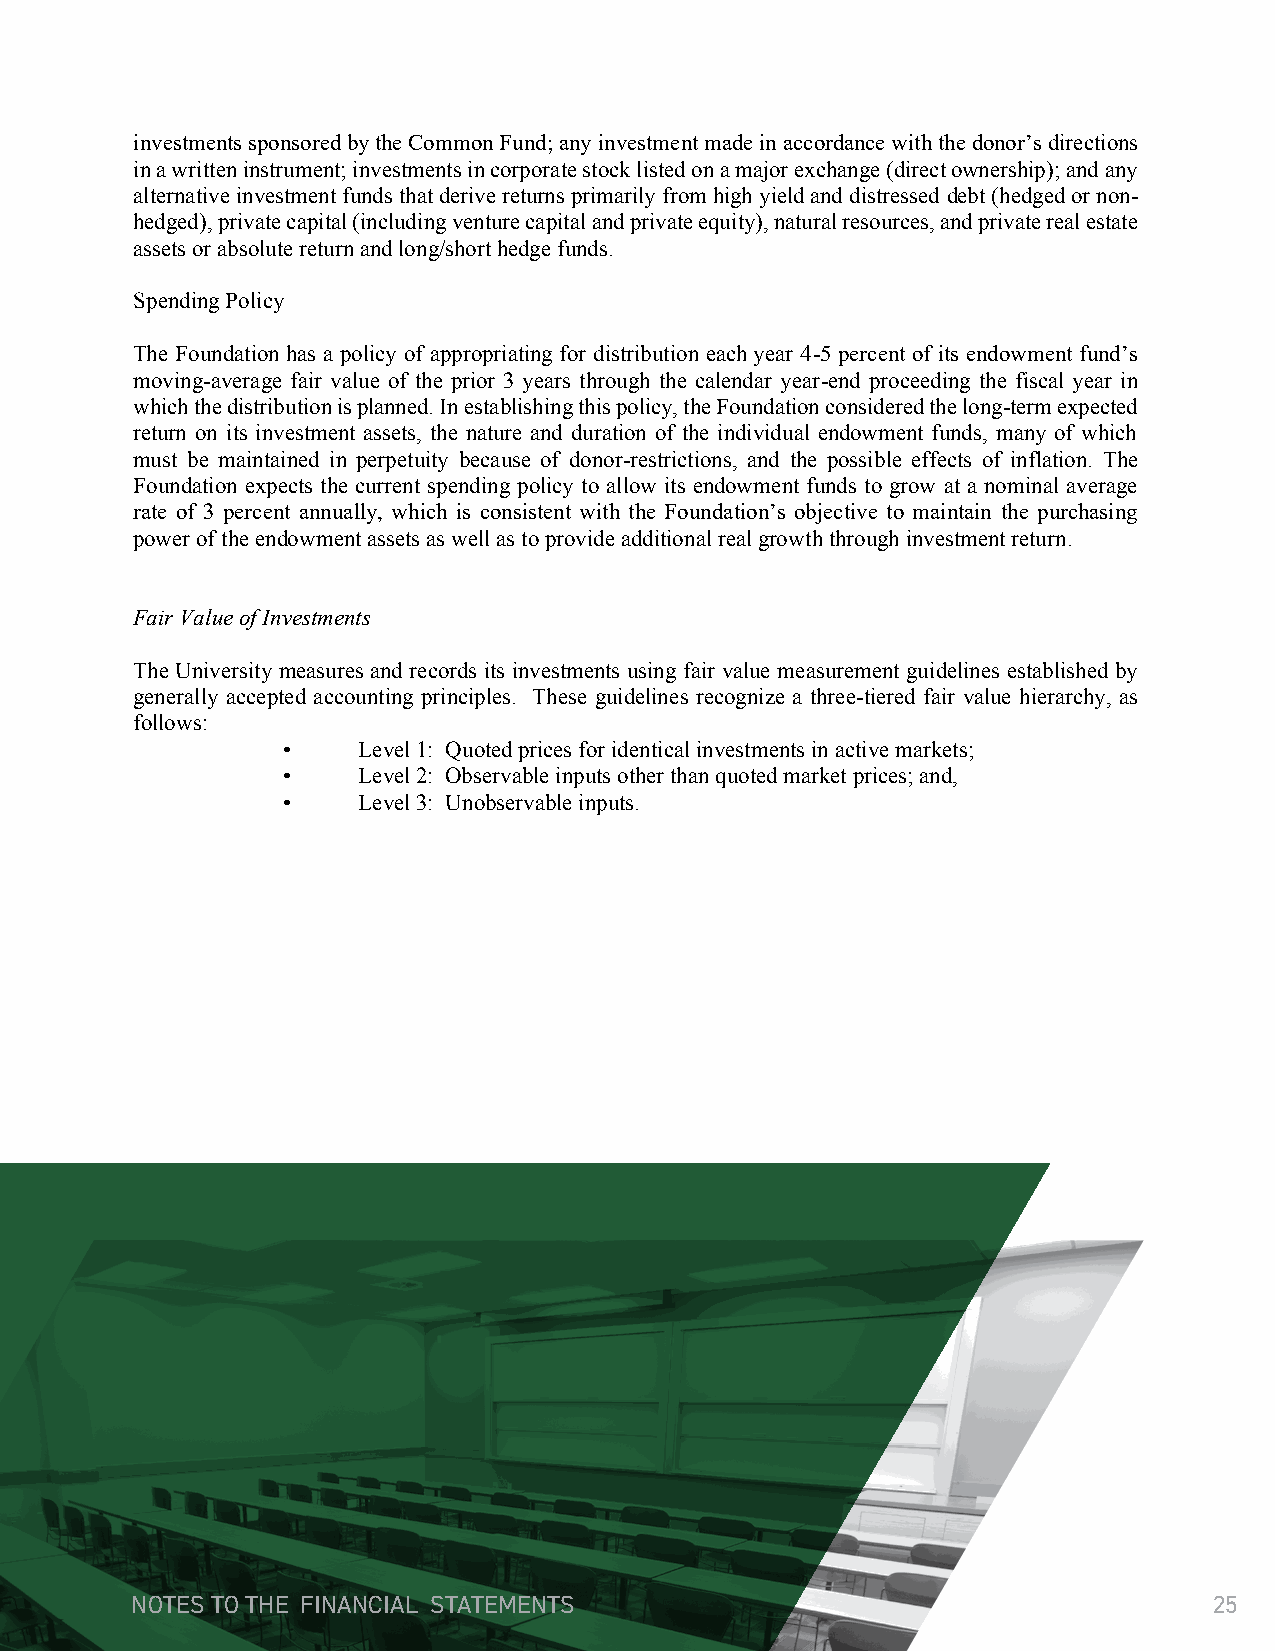
investments sponsored by the Common Fund; any investment made in accordance with the donor’s directions
 in a written instrument; investments in corporate stock listed on a major exchange (direct ownership); and any
 alternative investment funds that derive returns primarily from high yield and distressed debt (hedged or non-
 hedged), private capital (including venture capital and private equity), natural resources, and private real estate
 assets or absolute return and long/short hedge funds.
 Spending Policy
 The Foundation has a policy of appropriating for distribution each year 4-5 percent of its endowment fund’s
 moving-average fair value of the prior 3 years through the calendar year-end proceeding the fiscal year in
 which the distribution is planned. In establishing this policy, the Foundation considered the long-term expected
 return on its investment assets, the nature and duration of the individual endowment funds, many of which
 must be maintained in perpetuity because of donor-restrictions, and the possible effects of inflation. The
 Foundation expects the current spending policy to allow its endowment funds to grow at a nominal average
 rate of 3 percent annually, which is consistent with the Foundation’s objective to maintain the purchasing
 power of the endowment assets as well as to provide additional real growth through investment return.
 Fair Value of Investments
 The University measures and records its investments using fair value measurement guidelines established by
 generally accepted accounting principles. These guidelines recognize a three-tiered fair value hierarchy, as
 follows:
 •    Level 1: Quoted prices for identical investments in active markets;
 •    Level 2: Observable inputs other than quoted market prices; and,
 •    Level 3: Unobservable inputs.
 NOTES TO THE FINANCIAL STATEMENTS                                      25
 24